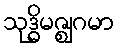
သုဒ္ဓိမဇ္ဈဂမာ